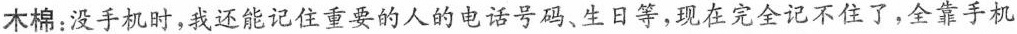
木棉：没手机时，我还能记住重要的人的电话号码、生日等，现在完全记不住了，全靠手机